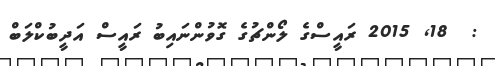
:  18